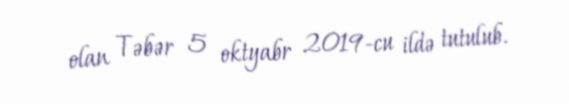
olan Təbər 5 oktyabr 2019-cu ildə tutulub.